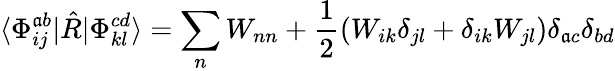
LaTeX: \langle\Phi_{ij}^{\mathfrak{a}b}|\hat{{R}}|\Phi_{kl}^{cd}\rangle=\sum_{n}W_{nn}+\frac{{1}}{{2}}(W_{ik}\delta_{jl}+\delta_{ik}W_{jl})\delta_{\mathfrak{a}c}\delta_{bd}